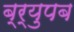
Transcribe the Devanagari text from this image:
ब्र्युपब